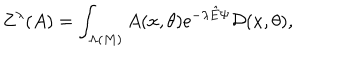
Z ^ { \lambda } ( A ) = \int _ { \Lambda ( M ) } A ( x , \theta ) \mathrm { e } ^ { - \lambda { \hat { E } } \Psi } { \cal D } ( x , \theta ) ,